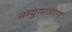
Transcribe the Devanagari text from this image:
सम्युग्मजता